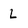
Character: L